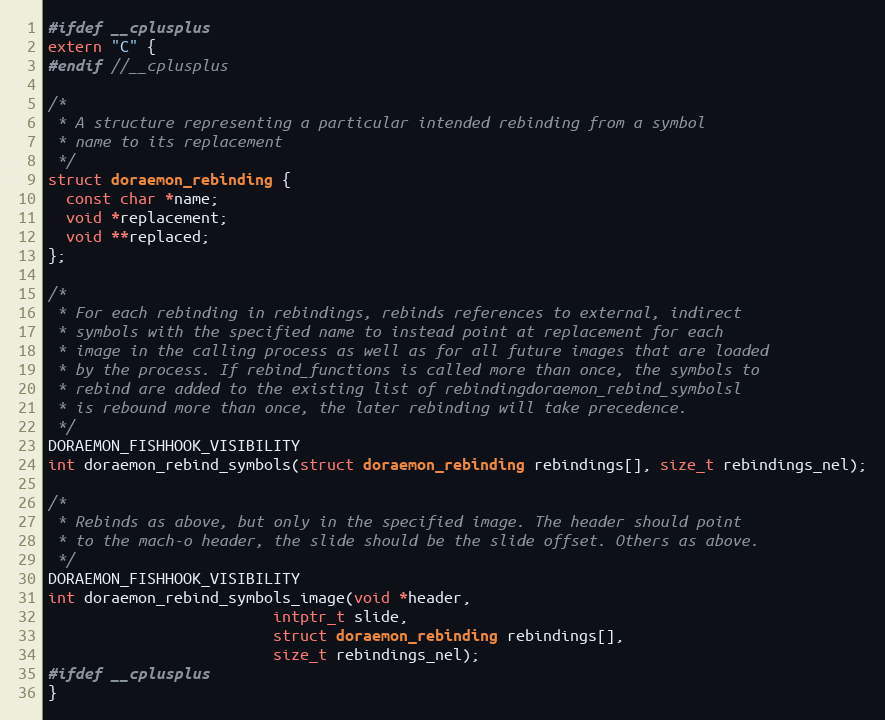
Language: C
#ifdef __cplusplus
extern "C" {
#endif //__cplusplus

/*
 * A structure representing a particular intended rebinding from a symbol
 * name to its replacement
 */
struct doraemon_rebinding {
  const char *name;
  void *replacement;
  void **replaced;
};

/*
 * For each rebinding in rebindings, rebinds references to external, indirect
 * symbols with the specified name to instead point at replacement for each
 * image in the calling process as well as for all future images that are loaded
 * by the process. If rebind_functions is called more than once, the symbols to
 * rebind are added to the existing list of rebindingdoraemon_rebind_symbolsl
 * is rebound more than once, the later rebinding will take precedence.
 */
DORAEMON_FISHHOOK_VISIBILITY
int doraemon_rebind_symbols(struct doraemon_rebinding rebindings[], size_t rebindings_nel);

/*
 * Rebinds as above, but only in the specified image. The header should point
 * to the mach-o header, the slide should be the slide offset. Others as above.
 */
DORAEMON_FISHHOOK_VISIBILITY
int doraemon_rebind_symbols_image(void *header,
                         intptr_t slide,
                         struct doraemon_rebinding rebindings[],
                         size_t rebindings_nel);
#ifdef __cplusplus
}